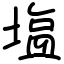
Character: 塩